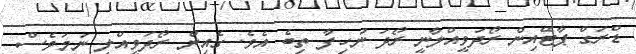
ޑްރަގް ޕާޓޭއިން ރޯދަވީއްލާނީ ރޯދަ ނުހިފާ ތިބެ އެވެ. ގެއިން ރޯދަވީއްލި ނަމަވެސް